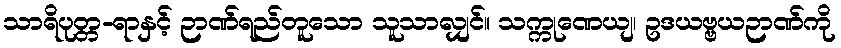
သာရိပုတ္တ-ရာနှင့် ဉာဏ်ရည်တူသော သူသာလျှင်။ သက္ကုဏေယျ၊ ဥဒယဗ္ဗယဉာဏ်ကို